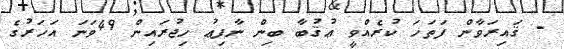
- ޤައިރަވާން ފަތަހަ ކުރެއްވީ ޢުޤުބާ ބިން ނާފިޢު ހިޖުރައިން 49ވަނަ އަހަރުގެ